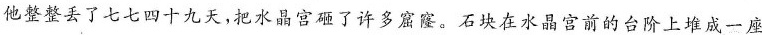
他整整丢了七七四十九天，把水晶宫砸了许多窟窿。石块在水晶宫前的台阶上堆成一座